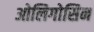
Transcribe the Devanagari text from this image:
ओलिगोसिन